Problem: 5 × 12 = ?
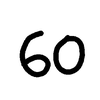
Handwritten answer: 60